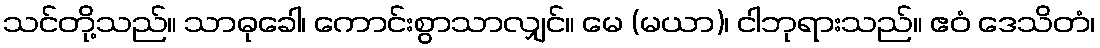
သင်တို့သည်။ သာဓုခေါ၊ ကောင်းစွာသာလျှင်။ မေ (မယာ)၊ ငါဘုရားသည်။ ဧဝံ ဒေသိတံ၊